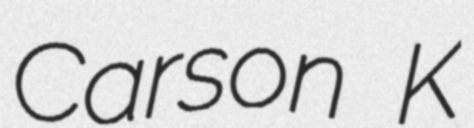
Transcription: Carson K